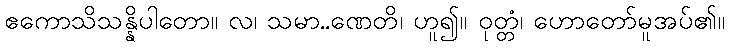
ဧကောသိသန္နိပါတော။ လ၊ သမာ..ဏေတိ၊ ဟူ၍။ ဝုတ္တံ၊ ဟောတော်မူအပ်၏။